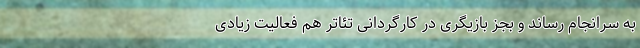
به سرانجام رساند و بجز بازیگری در کارگردانی تئاتر هم فعالیت‌ زیادی